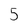
Character: 5